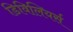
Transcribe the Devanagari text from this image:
डिविलियर्स